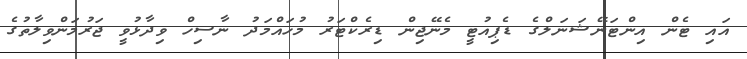
އައި ޓެން އިންޓަނޭޝަނަލްގެ ޑެޕިއުޓީ މެނޭޖިން ޑިރެކްޓަރު މުހައްމަދު ނާސިހް ވިދާޅުވީ ޖަރުމަންވިލާތުގެ